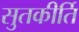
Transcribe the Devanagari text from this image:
सुतकीर्ति